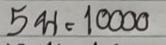
5 พ = 10000